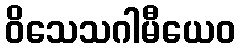
ဝိသေသဂါမီယေဝ